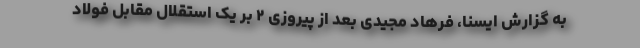
به گزارش ایسنا، فرهاد مجیدی بعد از پیروزی ۲ بر یک استقلال مقابل فولاد